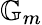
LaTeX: \mathbb{G}_{m}